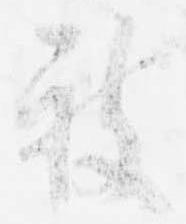
被